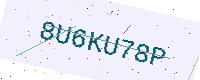
Text: 8U6KU78P